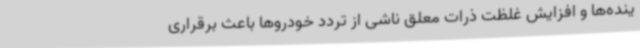
ینده‌ها و افزایش غلظت ذرات معلق ناشی از تردد خودروها باعث برقراری